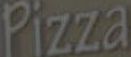
Pizza